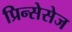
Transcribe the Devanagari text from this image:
प्रिन्सेसेज